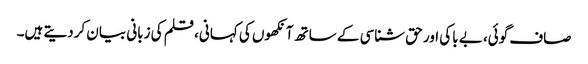
صاف گوئی، بے باکی اور حق شناسی کے ساتھ آنکھوں کی کہانی، قلم کی زبانی بیان کردیتے ہیں۔